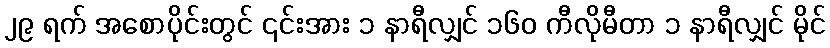
၂၉ ရက် အစောပိုင်းတွင် ၎င်းအား ၁ နာရီလျှင် ၁၆၀ ကီလိုမီတာ ၁ နာရီလျှင် မိုင်